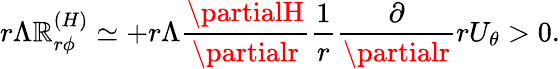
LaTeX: r\Lambda{\cal{\mathbb{R}}}_{r\phi}^{(H)}\simeq+r\Lambda\frac{{\partialH}}{{\partialr}}\frac{{1}}{{r}}\frac{{\partial}}{{\partialr}}rU_{\theta}>0.